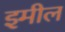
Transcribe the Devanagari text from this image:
इमील